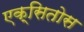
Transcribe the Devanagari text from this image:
एक्सितोस